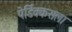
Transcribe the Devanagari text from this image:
पेर्डिक्कसला